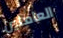
العاملين